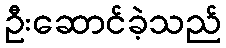
ဦးဆောင်ခဲ့သည်